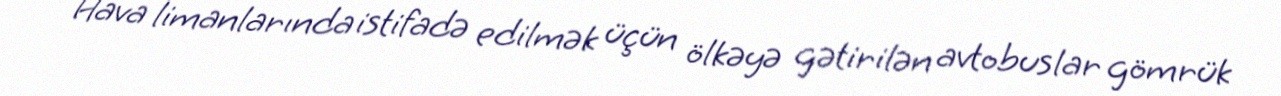
Hava limanlarında istifadə edilmək üçün ölkəyə gətirilən avtobuslar gömrük